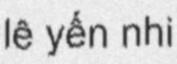
lê yến nhi